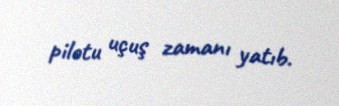
pilotu uçuş zamanı yatıb.